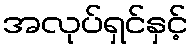
အလုပ်ရှင်နှင့်